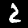
Label: 2